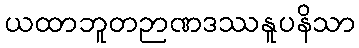
ယထာဘူတဉာဏဒဿနူပနိသာ